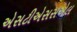
એસટીએસસએલ